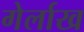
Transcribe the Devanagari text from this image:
गेर्लाख